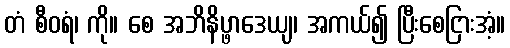
တံ စီဝရံ၊ ကို။ စေ အဘိနိပ္ဖာဒေယျ၊ အကယ်၍ ပြီးစေငြားအံ့။